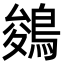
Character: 鵕